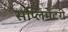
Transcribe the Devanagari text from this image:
सप्लिमेंटरी